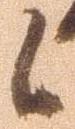
候